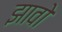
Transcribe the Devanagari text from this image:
झावो